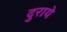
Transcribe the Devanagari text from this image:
दुराये